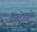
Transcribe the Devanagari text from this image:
फिन्केइस्तें